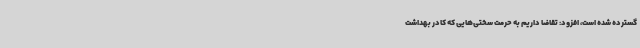
گسترده شده است، افزود: تقاضا داریم به حرمت سختی‌هایی که کادر بهداشت